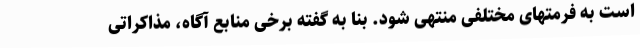
است به فرمتهای مختلفی منتهی شود. بنا به گفته برخی منابع آگاه، مذاکراتی